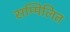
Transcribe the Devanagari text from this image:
सम्मिलित